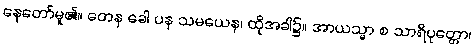
နေတော်မူ၏။ တေန ခေါ ပန သမယေန၊ ထိုအခါ၌။ အာယသ္မာ စ သာရိပုတ္တော၊